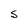
Character: S